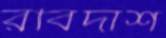
রবিদাশ